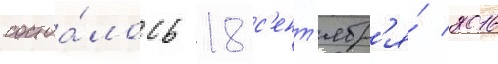
состоа́лось 18 с'ент'ябр'я́ 2016